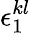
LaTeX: \epsilon_{1}^{kl}